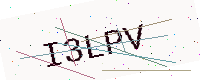
Text: I3LPV